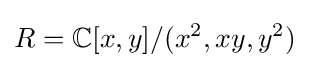
R=\mathbb {C} [x,y]/(x^{2},xy,y^{2})